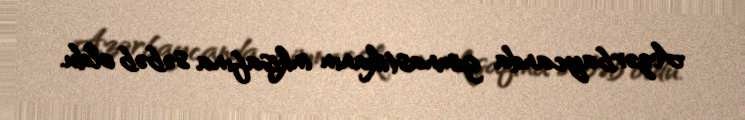
Azərbaycanda gimnastikanın inkişafına səbəb oldu.